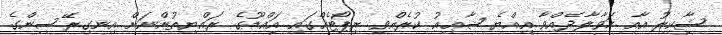
ޝާކިރު އާއި ހަވާލާދެއްވާ އިއްޔެ ޝާޢިއު ކުރެއްވި ރިޕޯޓެއްގައި އައްޑޫގެ ރައްޔިތުންނަށް އިނގިރޭސިންގެ